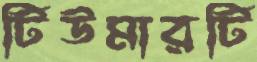
টিউমারটি